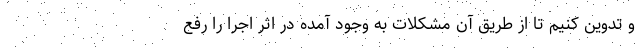
و تدوین کنیم تا از طریق آن مشکلات به وجود آمده در اثر اجرا را رفع